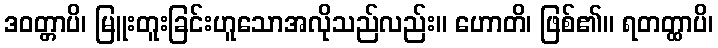
ဒဝတ္တာပိ၊ မြူးတူးခြင်းဟူသောအလိုသည်လည်း။ ဟောတိ၊ ဖြစ်၏။ ရတတ္ထာပိ၊